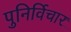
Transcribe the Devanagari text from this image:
पुनिर्विचार